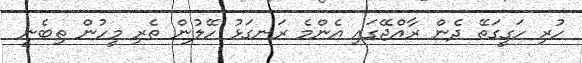
ހުރި ހަގީގަތޭ ދެން ރާއްޖޭގައި އެންމެ ރަނގަޅު ހޭލުން ތެރި މީހުން ތިބެނީ